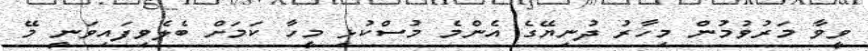
ވީވާ މަރުވުމުން މިހާރު ދުނިޔޭގެ އެންމެ މުސްކުޅި މީހާ ކަމަށް ބެލެވިފައިވަނީ މޭ